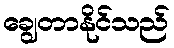
ချွေတာနိုင်သည်